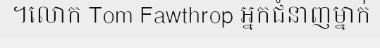
។លោក Tom Fawthrop អ្នកជំនាញម្នាក់